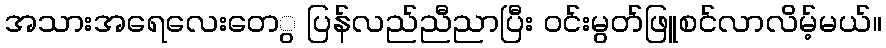
အသားအရေလေးတေွ ပြန်လည်ညီညာပြီး ၀င်းမွတ်ဖြူစင်လာလိမ့်မယ်။